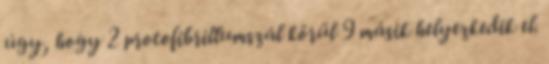
úgy, hogy 2 protofibrillumszál körül 9 másik helyezkedik el.